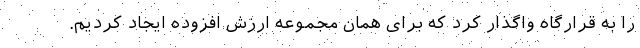
را به قرارگاه واگذار کرد که برای همان مجموعه ارزش افزوده ایجاد کردیم.